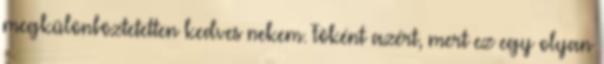
megkülönböztetetten kedves nekem. Fôként azért, mert ez egy olyan